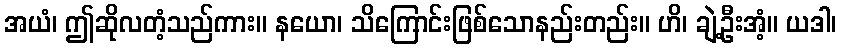
အယံ၊ ဤဆိုလတံ့သည်ကား။ နယော၊ သိကြောင်းဖြစ်သောနည်းတည်း။ ဟိ၊ ချဲ့ဦးအံ့။ ယဒါ၊